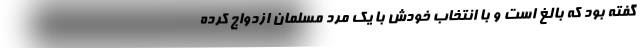
گفته بود که بالغ است و با انتخاب خودش با یک مرد مسلمان ازدواج کرده